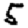
Digit: 5